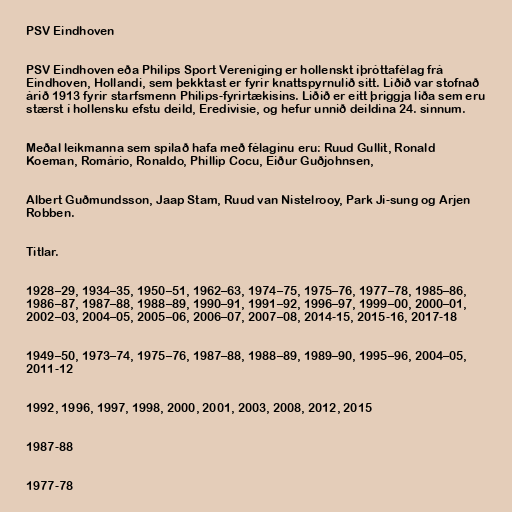
PSV Eindhoven

PSV Eindhoven eða Philips Sport Vereniging er hollenskt íþróttafélag frá
Eindhoven, Hollandi, sem þekktast er fyrir knattspyrnulið sitt. Liðið var stofnað
árið 1913 fyrir starfsmenn Philips-fyrirtækisins. Liðið er eitt þriggja liða sem eru
stærst í hollensku efstu deild, Eredivisie, og hefur unnið deildina 24. sinnum.

Meðal leikmanna sem spilað hafa með félaginu eru: Ruud Gullit, Ronald
Koeman, Romário, Ronaldo, Phillip Cocu, Eiður Guðjohnsen,

Albert Guðmundsson, Jaap Stam, Ruud van Nistelrooy, Park Ji-sung og Arjen
Robben.

Titlar.

1928–29, 1934–35, 1950–51, 1962–63, 1974–75, 1975–76, 1977–78, 1985–86,
1986–87, 1987–88, 1988–89, 1990–91, 1991–92, 1996–97, 1999–00, 2000–01,
2002–03, 2004–05, 2005–06, 2006–07, 2007–08, 2014-15, 2015-16, 2017-18

1949–50, 1973–74, 1975–76, 1987–88, 1988–89, 1989–90, 1995–96, 2004–05,
2011-12

1992, 1996, 1997, 1998, 2000, 2001, 2003, 2008, 2012, 2015

1987-88

1977-78